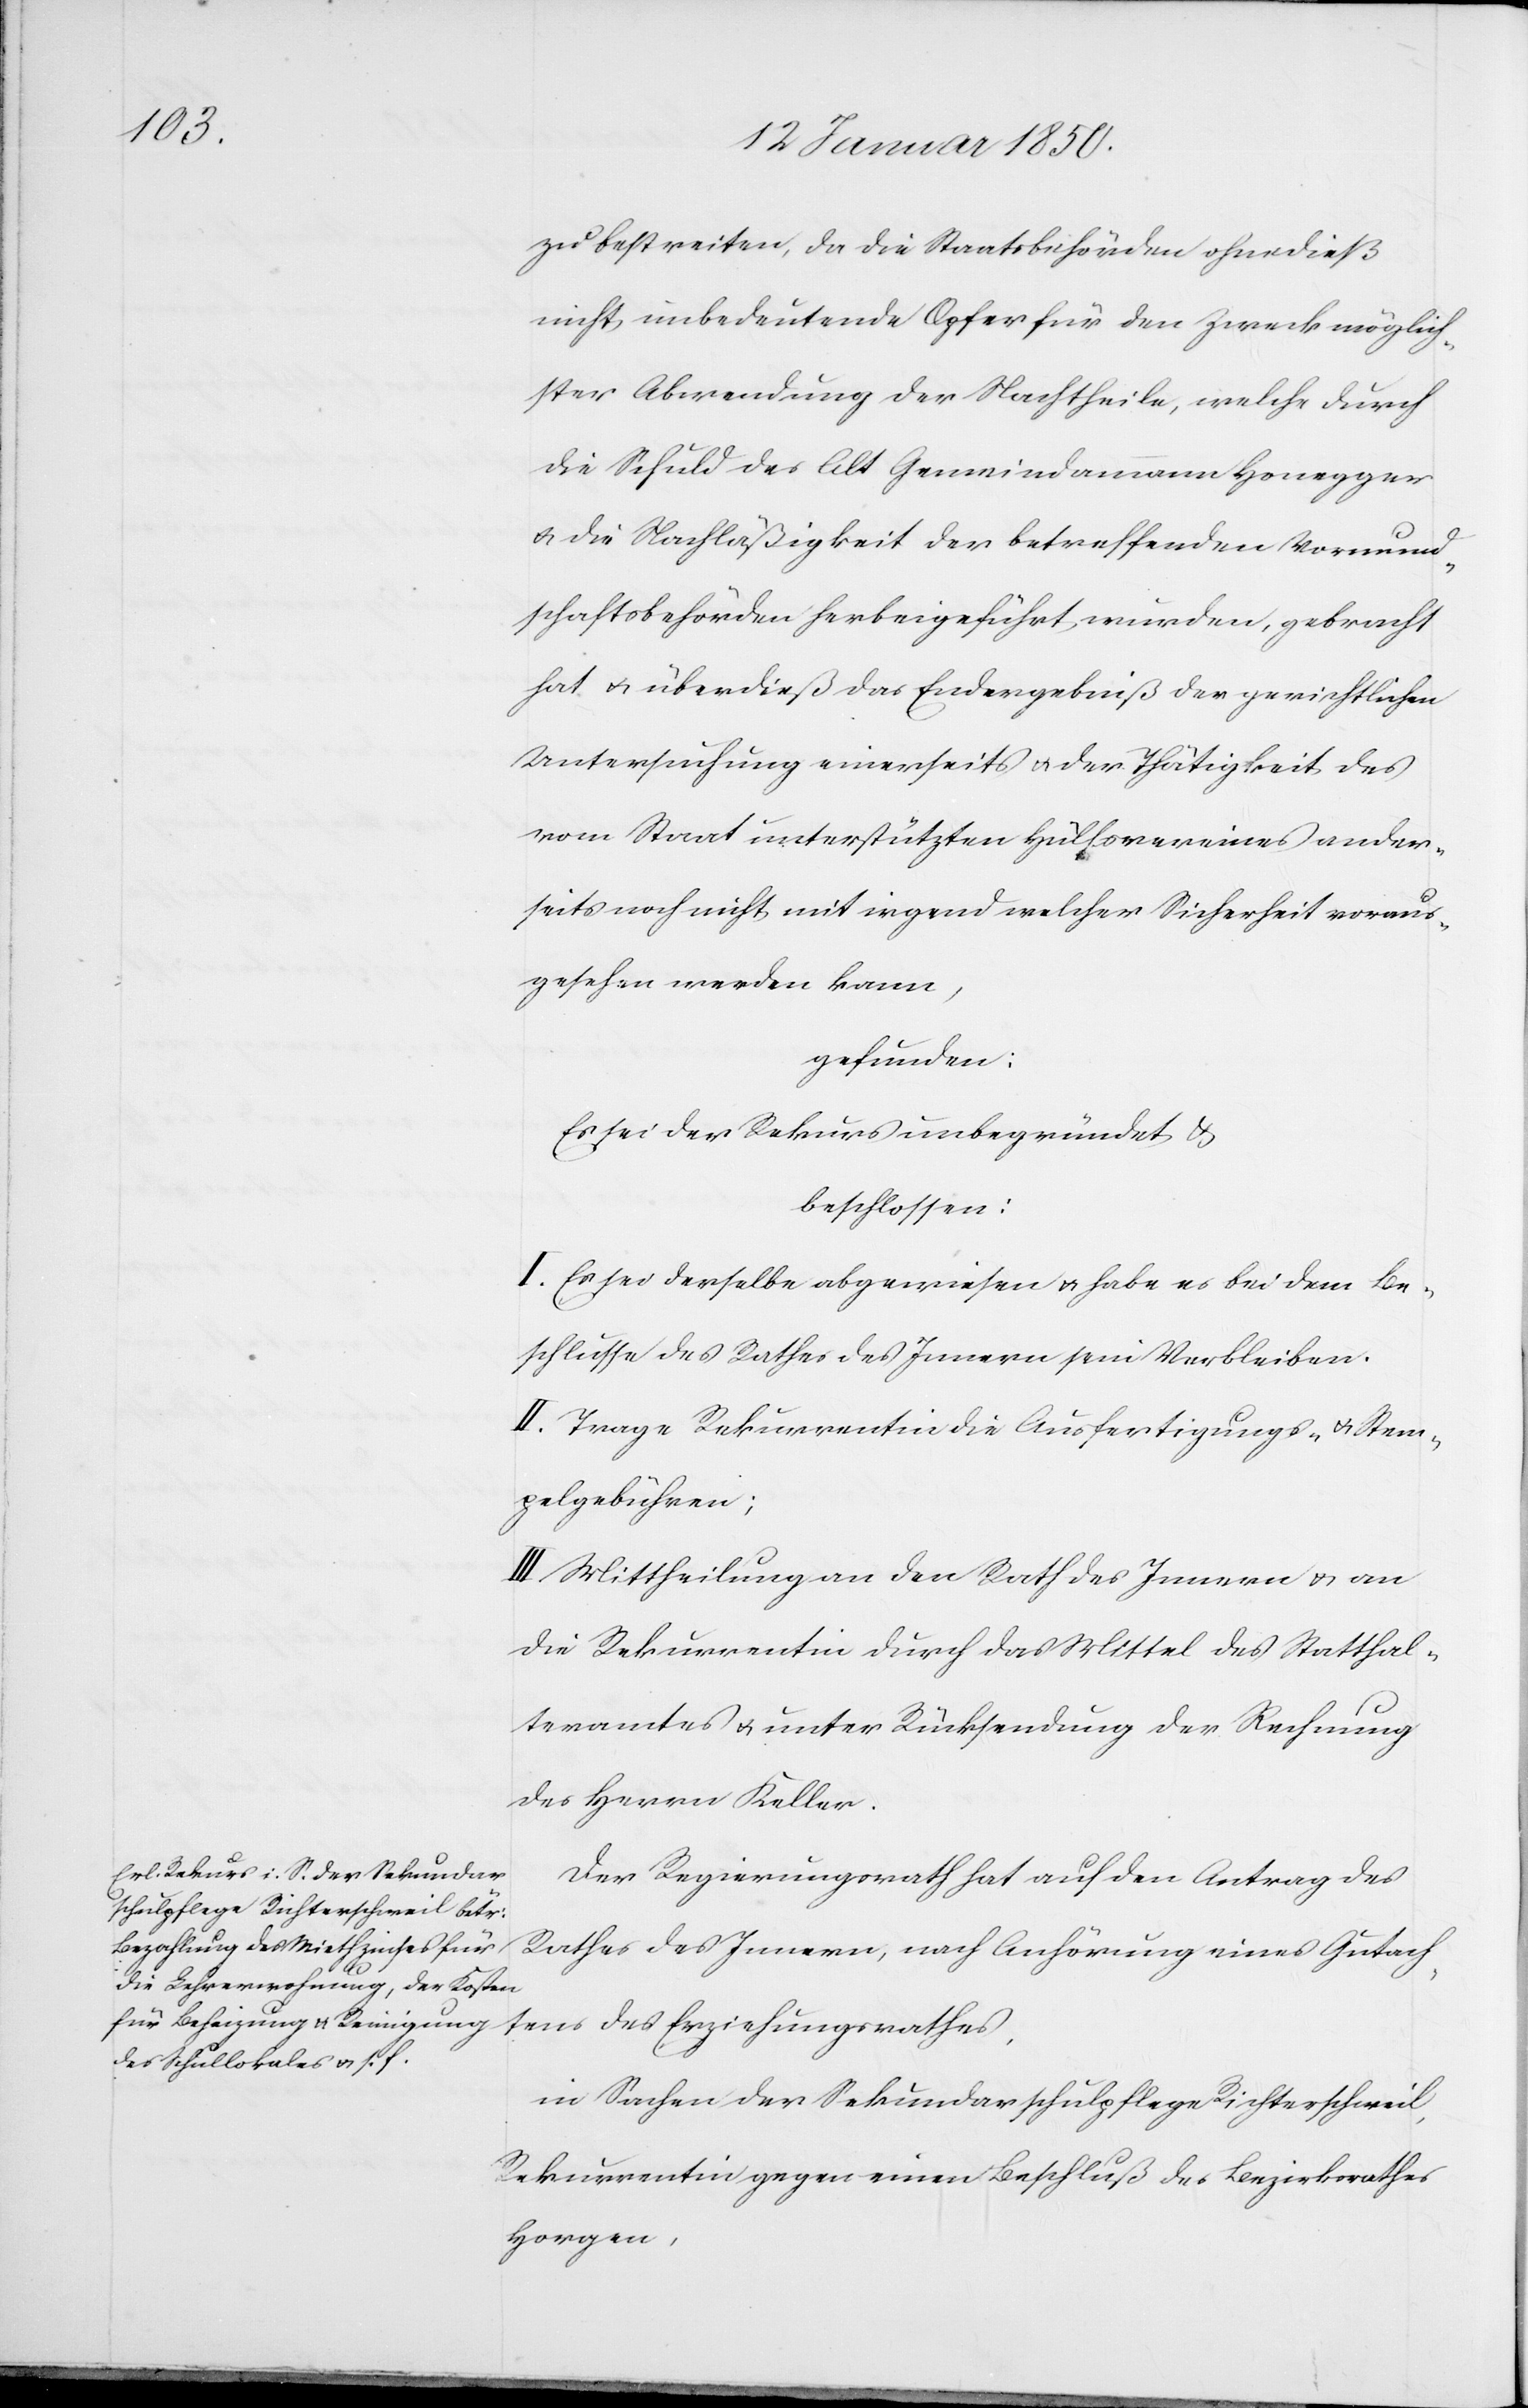
zu bestreiten, da die Staatsbehörden ohnedieß
nicht unbedeutende Opfer für den Zweck möglich¬
ster Abwendung der Nachtheile, welche durch
die Schuld des Alt Gemeindammann Honegger
u. die Nachläßigkeit der betreffenden Vormund¬
schaftsbehörden herbeigeführt wurden, gebracht
hat u. überdieß das Endergebniß der gerichtlichen
Untersuchung einerseits u. der Thätigkeit des
vom Staat unterstützten Hülfsvereines ander¬
seits noch nicht mit irgend welcher Sicherheit voraus¬
gesehen werden kann,
gefunden:
Es sei der Rekurs unbegründet u.
beschlossen:
I. Es sei derselbe abgewiesen u. habe es bei dem Be¬
schlusse des Rathes des Innern sein Verbleiben.
II. Trage Rekurrentin die Ausfertigungs- u. Stem¬
pelgebühren;
III. Mittheilung an den Rath des Innern u. an
die Rekurrentin durch das Mittel des Statthal¬
teramtes u. unter Rücksendung der Rechnung
des Herrn Keller.
Der Regierungsrath hat auf den Antrag des
Rathes des Innern, nach Anhörung eines Gutach¬
tens des Erziehungsrathes.
in Sachen der Sekundarschulpflege Richterschweil,
Rekurrentin gegen einen Beschluß des Bezirksrathes
Horgen,